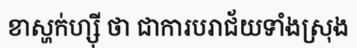
ខាស្ហក់ហ្ស៊ី ថា ជាការបរាជ័យទាំងស្រុង